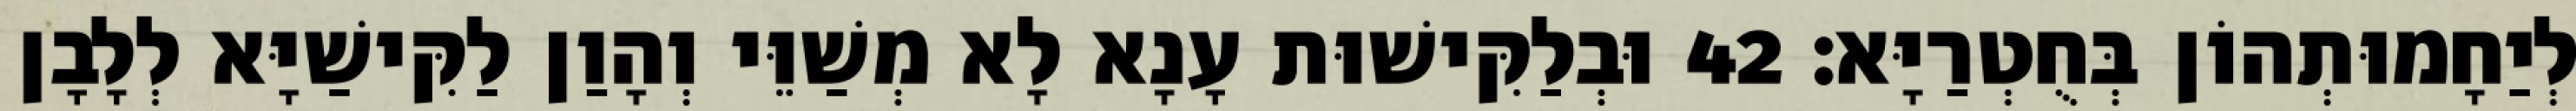
לְיַחָמוּתְהוֹן בְּחֻטְרַיָּא׃ 42 וּבְלַקִּישׁוּת עָנָא לָא מְשַׁוֵּי וְהָוַן לַקִּישַׁיָּא לְלָבָן